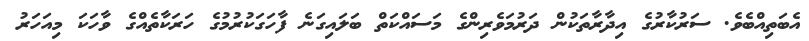
އެބަތިއްބެވެ. ސަރުކާރުގެ އިދާރާތަކުން ދަރުމަވެރިންގެ މަސައްކަތް ބަލައިގަނެ ފާހަގަކުރުމުގެ ހަރަކާތެއްގެ ވާހަކަ މިއަހަރު